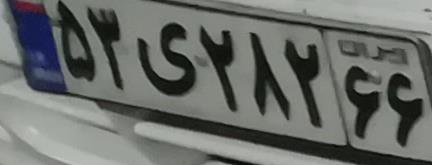
۵۳ی۲۸۲۶۶